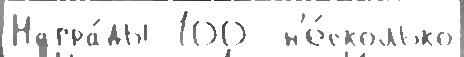
Награ́ды 100  н'е́сколько